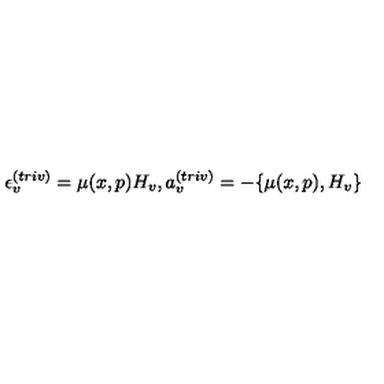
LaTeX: \epsilon _ { v } ^ { ( t r i v ) } = \mu ( x , p ) H _ { v } , a _ { v } ^ { ( t r i v ) } = - \{ \mu ( x , p ) , H _ { v } \}